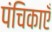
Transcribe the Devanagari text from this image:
पंचिकाएँ